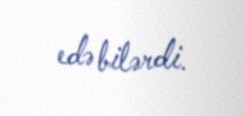
edə bilərdi.